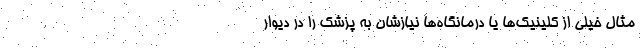
مثال خیلی از کلینیک‌ها یا درمانگاه‌ها نیازشان به پزشک را در دیوار